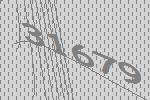
31679